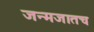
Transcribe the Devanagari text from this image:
जन्मजातच